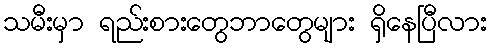
သမီးမှာ ရည်းစားတွေဘာတွေများ ရှိနေပြီလား